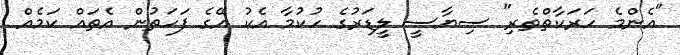
"އެންމެ ހަރަކާތްތެރި" ސިޔާސީ ލީޑަރުގެ ހުކުމާ އެކު އޭގެ ފަހަތުން އެތައް ކަމެއް